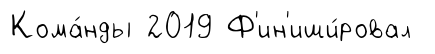
Кома́нды 2019 Ф'ин'иши́ровал